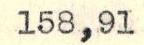
158,91